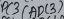
Text: ADC3